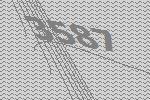
3587